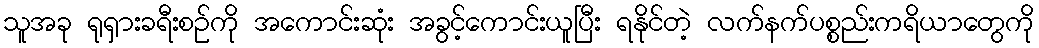
သူအခု ရုရှားခရီးစဉ်ကို အကောင်းဆုံး အခွင့်ကောင်းယူပြီး ရနိုင်တဲ့ လက်နက်ပစ္စည်းကရိယာတွေကို